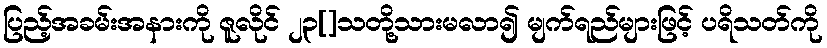
ပြည့်အခမ်းအနားကို ဇူလိုင် ၂၃[]သတို့သားမလာ၍ မျက်ရည်များဖြင့် ပရိသတ်ကို